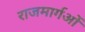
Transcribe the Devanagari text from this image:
राजमार्गओं